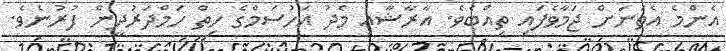
އެންމެ އެތަނަށް ޖަމާވެފައި ތިއްބެވެ. އާރާޝާއި މެދު އަހުސަމްގެ ހިތް ހަމްދަރުދީން ފުރުނެވެ.